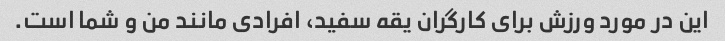
این در مورد ورزش برای کارگران یقه سفید، افرادی مانند من و شما است.